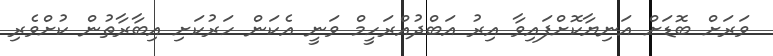
ވަރަށް ބޮޑަށް އަނިޔާކޮށްފައިވާ އިރު އަބްދުއްރަހީމް ވަނީ އެކަން ހަރުކަށި އިބާރާތުން ކުށްވެރި